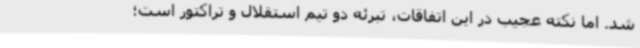
شد. اما نکته عجیب در این اتفاقات، تبرئه دو تیم استقلال و تراکتور است؛